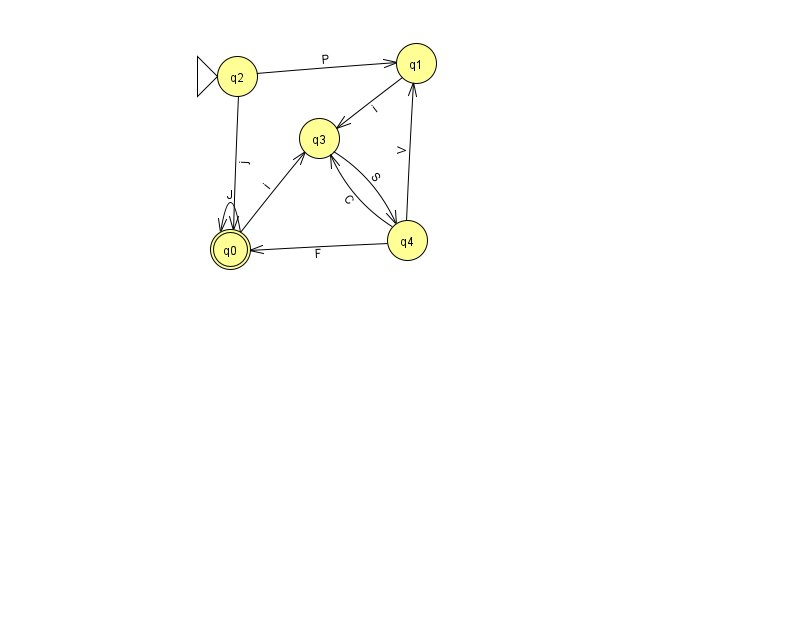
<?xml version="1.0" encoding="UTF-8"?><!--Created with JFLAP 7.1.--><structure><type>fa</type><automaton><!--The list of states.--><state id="0" name="q0"><x>230.0</x><y>236.0</y><final/></state><state id="1" name="q1"><x>416.0</x><y>50.0</y></state><state id="2" name="q2"><x>237.0</x><y>63.0</y><initial/></state><state id="3" name="q3"><x>319.0</x><y>125.0</y></state><state id="4" name="q4"><x>407.0</x><y>227.0</y></state><!--The list of transitions.--><transition><from>1</from><to>3</to><read>i</read></transition><transition><from>4</from><to>1</to><read>V</read></transition><transition><from>0</from><to>3</to><read>i</read></transition><transition><from>4</from><to>0</to><read>F</read></transition><transition><from>0</from><to>0</to><read>J</read></transition><transition><from>2</from><to>0</to><read>j</read></transition><transition><from>2</from><to>1</to><read>P</read></transition><transition><from>3</from><to>4</to><read>S</read></transition><transition><from>4</from><to>3</to><read>C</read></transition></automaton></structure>